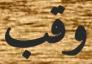
وقب